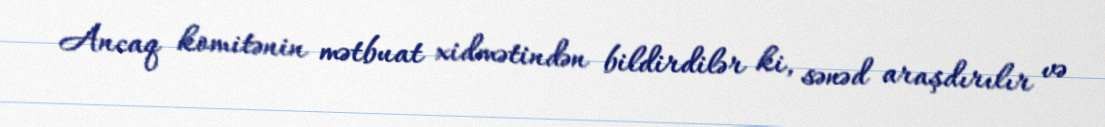
Ancaq komitənin mətbuat xidmətindən bildirdilər ki, sənəd araşdırılır və